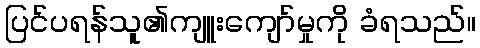
ပြင်ပရန်သူ၏ကျူးကျော်မှုကို ခံရသည်။